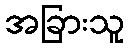
အခြားသူ